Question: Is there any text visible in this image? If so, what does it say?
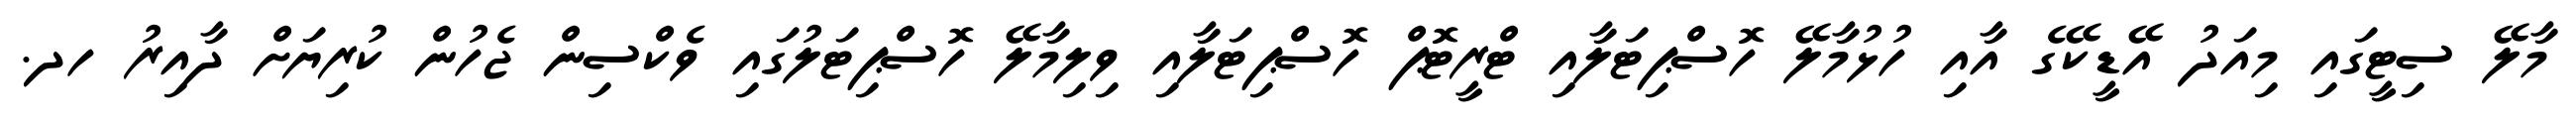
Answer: މާލޭ ސިޓީގައި މިއަދު އޭޑީކޭގެ އާއި ހުޅުމާލޭ ހޮސްޕިޓަލާއި ޓްރީޓޮޕް ހޮސްޕިޓަލާއި ވިލިމާލޭ ހޮސްޕިޓަލުގައި ވެކްސިން ޖެހުން ކުރިޔަށް ދާއިރު ހދ.